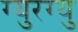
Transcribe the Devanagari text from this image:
ग्युरग्यु